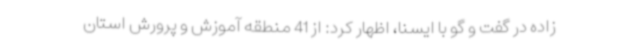
زاده در گفت و گو با ایسنا، اظهار کرد: از 41 منطقه آموزش‌ و پرورش استان